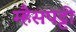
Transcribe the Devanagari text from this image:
म्हैसपट्टी